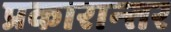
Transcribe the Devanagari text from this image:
प्रकारान्‍तर